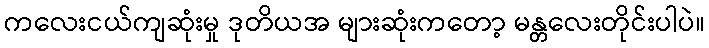
ကလေးငယ်ကျဆုံးမှု ဒုတိယအ များဆုံးကတော့ မန္တလေးတိုင်းပါပဲ။